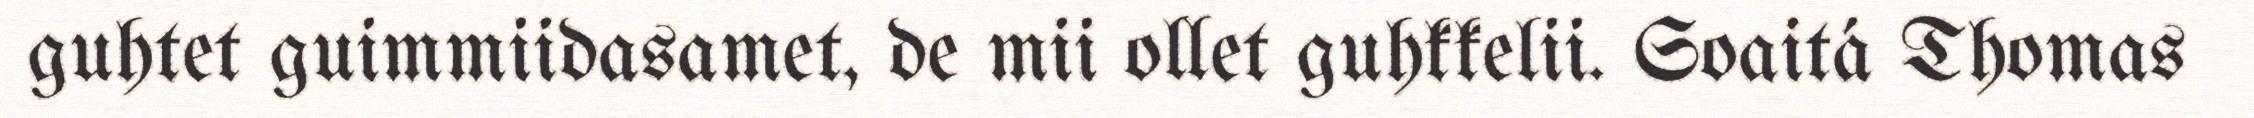
guhtet guimmiidasamet, de mii ollet guhkkelii. Soaitá Thomas